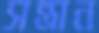
সন্ত্রান